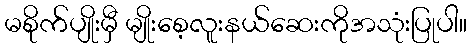
မစိုက်ပျိုးမှီ မျိုးစေ့လူးနယ်ဆေးကိုအသုံးပြုပါ။